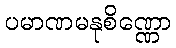
ပမာဏမနုစိဏ္ဏော